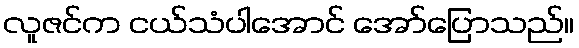
လူဇင်က ငယ်သံပါအောင် အော်ပြောသည်။